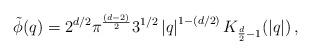
LaTeX: \begin{align*}\tilde{\phi}(q)=2^{d/2} \pi^{\frac{(d-2)}{2}} 3^{1/2} \left|q\right|^{1-(d/2)}K_{\frac{d}{2}-1} (\left|q\right|) \, ,\end{align*}